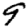
Digit: 9